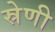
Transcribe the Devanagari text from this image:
स्रेणी